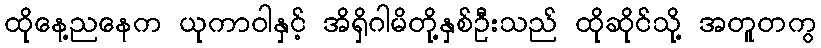
ထိုနေ့ညနေက ယုကာဝါနှင့် အိရှိဂါမိတို့နှစ်ဦးသည် ထိုဆိုင်သို့ အတူတကွ